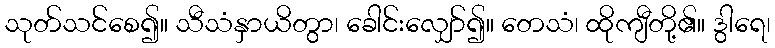
သုတ်သင်စေ၍။ သီသံနှာယိတွာ၊ ခေါင်းလျှော်၍။ တေသံ၊ ထိုကျီတို့၏။ ဒွါရေ၊